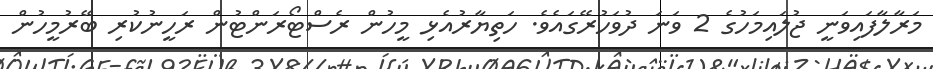
މަރާލާފައިވަނީ ޖުލައިމަހުގެ 2 ވަނަ ދުވަހުރޭގައެވެ. ހަތިޔާރުއެޅި މީހުން ރެސްޓޯރަންޓުން ރަހީނުކުރި ބޭރުމީހުން